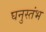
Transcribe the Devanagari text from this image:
घनुस्तंभ